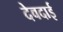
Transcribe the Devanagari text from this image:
देवदाई